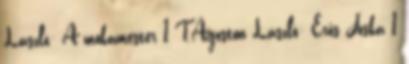
László: A mókamester 1 T.Ágoston László: Erős Jóska 1